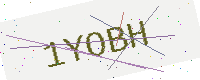
Text: 1YOBH